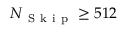
N _ { \mathrm { ~ S ~ k ~ i ~ p ~ } } \geq 5 1 2